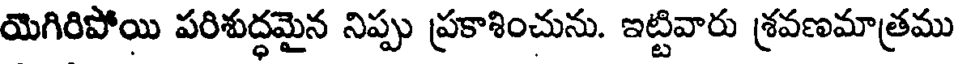
యెగిరిపోయి పరిశుద్ధమైన నిప్పు ప్రకాశించును. ఇట్టివారు శ్రవణమాత్రము